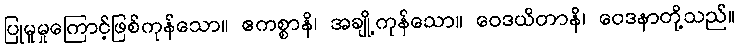
ပြုမူမှုကြောင့်ဖြစ်ကုန်သော။ ဧကစ္စာနိ၊ အချို့ကုန်သော။ ဝေဒယိတာနိ၊ ဝေဒနာတို့သည်။